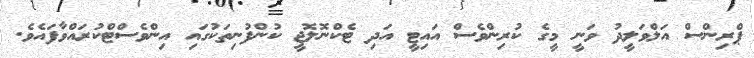
ޕްރިންސް އަލްވަލީދު ވަނީ މީގެ ކުރިންވެސް އައިޓީ އަދި ޓެކްނޮލޮޖީ ކުންފުނިތަކުގައި އިންވެސްޓްކުރައްވާފައެވެ.